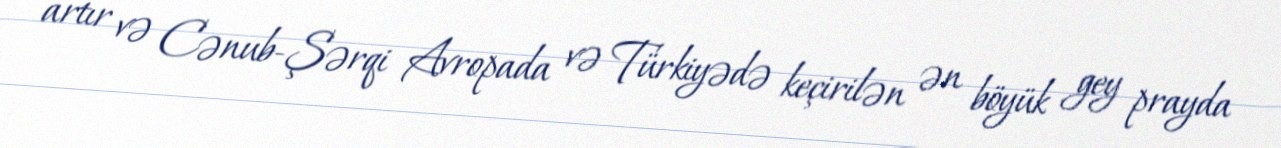
artır və Cənub-Şərqi Avropada və Türkiyədə keçirilən ən böyük gey prayda